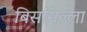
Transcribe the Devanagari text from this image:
बिसमिल्ला